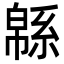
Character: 緜